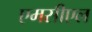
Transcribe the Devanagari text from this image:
एमसीएल